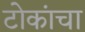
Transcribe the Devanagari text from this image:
टोकांचा